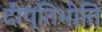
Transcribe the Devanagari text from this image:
दीप्तिभीति